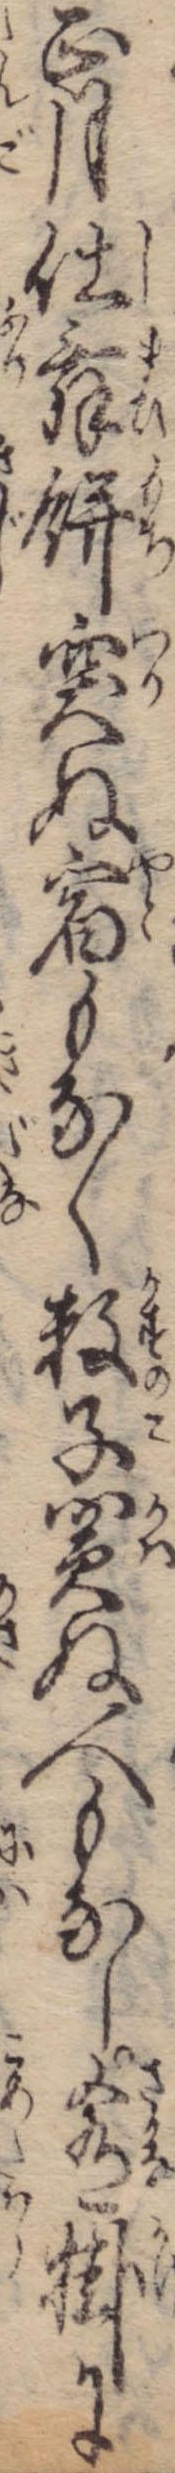
正月仕舞餅突ぬ宿もなく数子買ぬ人もなし肴掛に